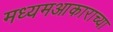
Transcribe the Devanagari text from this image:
मध्यमआकाराच्या